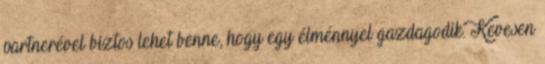
partnerével biztos lehet benne, hogy egy élménnyel gazdagodik. Kevesen